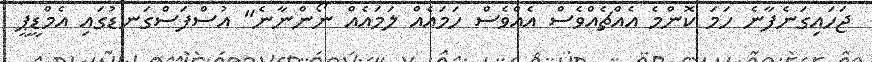
ޖަހައިގަނެފާނެ ހަމަ ކޮންމެ އެއްޗެއްވެސް އެއްވެސް ހަމައެއް ލަމައެއް ނޯންނާނެ" އުސްފަސްގަނޑުގައި އެމްޑީޕީ